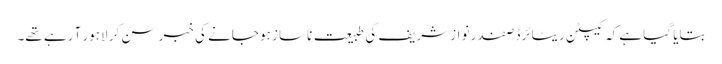
بتایا گیا ہے کہ کیپٹن ریٹائرڈ صفدر نواز شریف کی طبیعت ناساز ہو جانے کی خبر سن کر لاہور آ رہے تھے۔